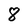
Character: 8